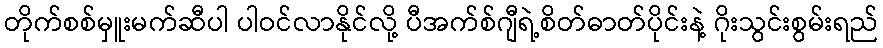
တိုက်စစ်မှူးမက်ဆီပါ ပါဝင်လာနိုင်လို့ ပီအက်စ်ဂျီရဲ့စိတ်ဓာတ်ပိုင်းနဲ့ ဂိုးသွင်းစွမ်းရည်